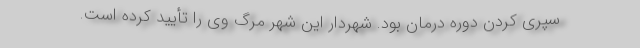
سپری کردن دوره درمان بود. شهردار این شهر مرگ وی را تأیید کرده است.